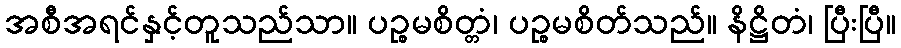
အစီအရင်နှင့်တူသည်သာ။ ပဉ္စမစိတ္တံ၊ ပဉ္စမစိတ်သည်။ နိဋ္ဌိတံ၊ ပြီးပြီ။